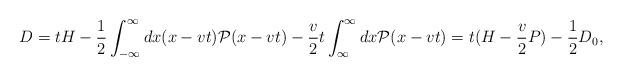
LaTeX: \begin{align*}D=t H -\frac{1}{2} \int^{\infty}_{-\infty} d x (x- v t) {\cal P}(x- v t)-\frac{v}{2} t \int^{\infty}_{\infty} dx {\cal P}(x-v t)= t (H- \frac{v}{2} P) -\frac{1}{2}D_0,\end{align*}